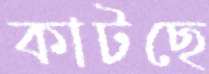
কাটছে